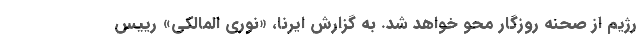
رژیم از صحنه روزگار محو خواهد شد. به گزارش ایرنا، «نوری المالکی» رییس